Vaccination in the Punjab 1919-1929 - 1919-1929
Year: 1919
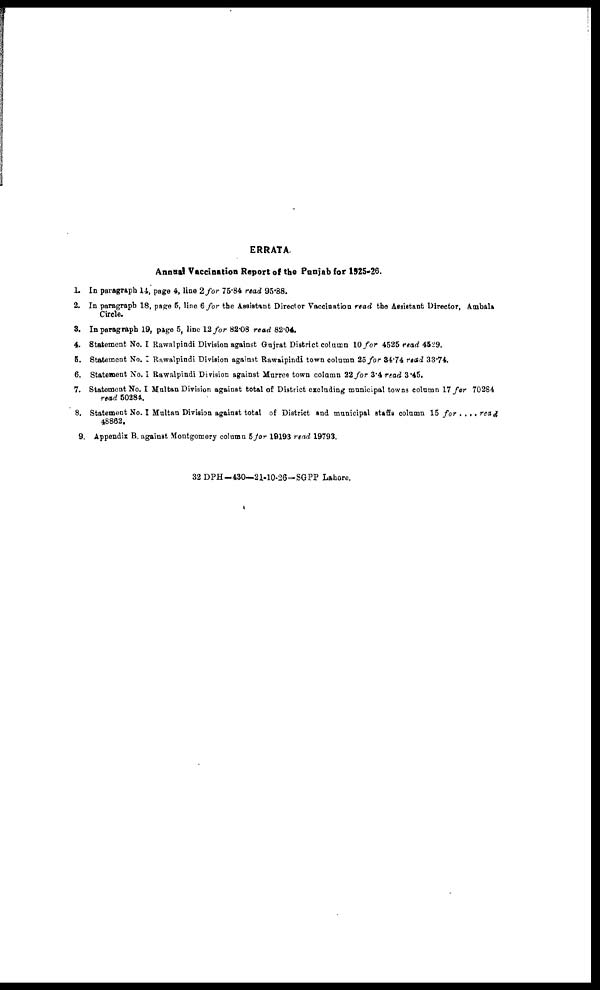
ERRATA
Annual Vaccination Report of the Punjab for 1925-26.
1. In paragraph 14, page 4, line 2 for 75.84 read 95.88.
2. In paragraph 18, page 5, line 6 for the Assistant Director Vaccination read the Assistant Director, Ambala
Circle.
3. In paragraph 19, page 5, line 12 for 82.08 read 82.04.
4. Statement No. I Rawalpindi Division against Gajrat District column 10 for 45.25 read 45.29.
5. Statement No. I Rawalpindi Division against Rawalpindi town column 25 for 34.74 read 33.74.
6. Statement No. I Rawalpindi Division against Murree town column 22 for 3.4 read 3.45.
7. Statement No. I Multan Division against total of District excluding municipal towns column 17 for 70264
read 50284.
8. Statement No. I Multan Division against total of District and municipal staffs column 15 for .... read
48862.
9. Appendix B. against Montgomery column 5 for 19193 read 19793.
32 DPH—430—21-10-26-SGPP Lahore.